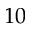
1 0